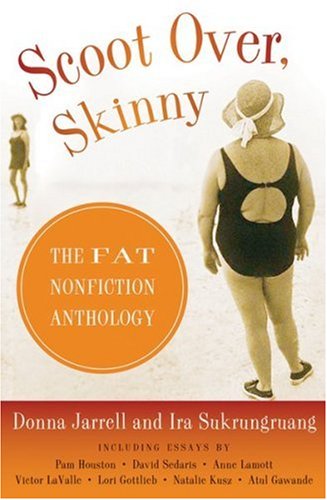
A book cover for Scoot Over, Skinny: The Fat Nonfiction Anthology; Donna Jarrell; Teen & Young Adult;